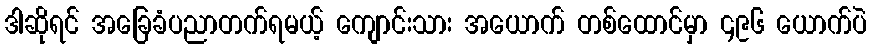
ဒါဆိုရင် အခြေခံပညာတက်ရမယ့် ကျောင်းသား အယောက် တစ်ထောင်မှာ ၄၉၆ ယောက်ပဲ